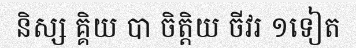
និស្ស គ្គិយ បា ចិត្តិយ ចីវរ ១ទៀត